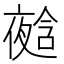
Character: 𭐿